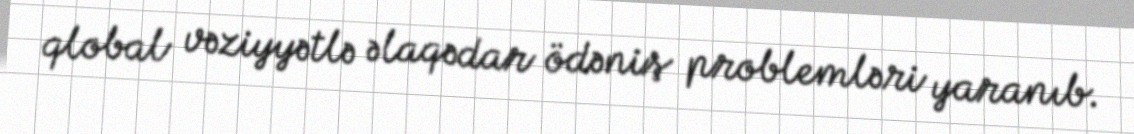
qlobal vəziyyətlə əlaqədar ödəniş problemləri yaranıb.